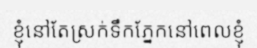
ខ្ញុំនៅតែស្រក់ទឹកភ្នែកនៅពេលខ្ញុំ